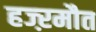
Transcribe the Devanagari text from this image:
हज्ऱमौत